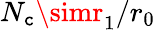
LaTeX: N_{\mathtt{c}}\simr_{1}/r_{0}